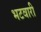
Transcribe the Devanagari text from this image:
भटवारी